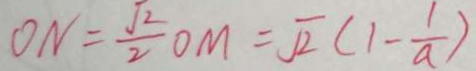
O N = \frac { \sqrt { 2 } } { 2 } O M = \sqrt { 2 } ( 1 - \frac { 1 } { a } )